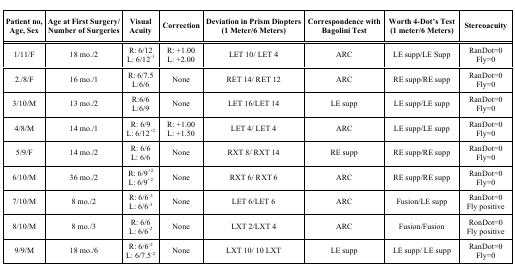
<table><thead><tr><td><b>Patient no, Age, Sex</b></td><td><b>Age at First Surgery/ Number of Surgeries</b></td><td><b>Visual Acuity </b></td><td><b>Correction</b></td><td><b>Deviation in Prism Diopters (1 Meter/6 Meters)</b></td><td><b>Correspondence with Bagolini Test </b></td><td><b>Worth 4-Dot’s Test (1 meter/6 Meters)</b></td><td><b>Stereoacuity</b></td></tr></thead><tbody><tr><td>1/11/F</td><td>18 mo./2</td><td>R: 6/12 L: 6/12<sup>-1</sup></td><td>R: +1.00 L: +2.00</td><td>LET 10/LET 4</td><td>ARC</td><td>LE supp/LE Supp </td><td>RanDot=0 Fly=0</td></tr><tr><td>2./8/F</td><td>16 mo./1</td><td>R: 6/7.5L:6/6</td><td>None</td><td>RET 14/RET 12 </td><td>ARC</td><td>RE supp/RE supp</td><td>RanDot=0 Fly=0</td></tr><tr><td>3/10/M</td><td>13 mo./2</td><td>R:6/6L:6/9</td><td>None</td><td>LET 16/LET 14</td><td>LE supp</td><td>LE supp/LE supp</td><td>RanDot=0 Fly=0 </td></tr><tr><td>4/8/M</td><td>14 mo./1</td><td>R: 6/9L: 6/12<sup>+2</sup></td><td>R: +1.00L: +1.50</td><td>LET 4/LET 4</td><td>ARC</td><td>LE supp/LE supp</td><td>RanDot=0 Fly=0</td></tr><tr><td>5/9/F</td><td>14 mo./2</td><td>R: 6/6 L: 6/6</td><td>None</td><td>RXT 8/RXT 14</td><td>RE supp</td><td>RE supp/RE supp</td><td>RanDot=0 Fly=0</td></tr><tr><td>6/10/M</td><td>36 mo./2</td><td>R: 6/9<sup>+2</sup> L: 6/9<sup>+2</sup></td><td>None</td><td>RXT 6/RXT 6</td><td>ARC</td><td>RE supp/RE supp</td><td>RanDot=0 Fly=0</td></tr><tr><td>7/10/M</td><td>8 mo./2</td><td>R: 6/6<sup>-2</sup> L: 6/6<sup>-3</sup></td><td>None</td><td>LET 6/LET 6</td><td>ARC</td><td>Fusion/LE supp</td><td>RanDot=0 Fly positive</td></tr><tr><td>8/10/M</td><td>8 mo./3</td><td>R: 6/6 L: 6/6<sup>-2</sup></td><td>None </td><td>LXT 2/LXT 4</td><td>ARC</td><td>Fusion/Fusion</td><td>RonDot=0 Fly positive</td></tr><tr><td>9/9/M</td><td>18 mo./6</td><td>R: 6/6<sup>-2</sup> L: 6/7.5<sup>-2</sup></td><td>None</td><td>LXT 10/10 LXT</td><td>LE supp</td><td>LE supp/LE supp</td><td>RanDot=0 Fly=0</td></tr></tbody></table>